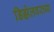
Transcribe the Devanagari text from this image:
डिझेलवरच्या